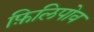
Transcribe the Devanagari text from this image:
फ़िलिपोव